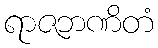
ရာဇဘဏိတံ